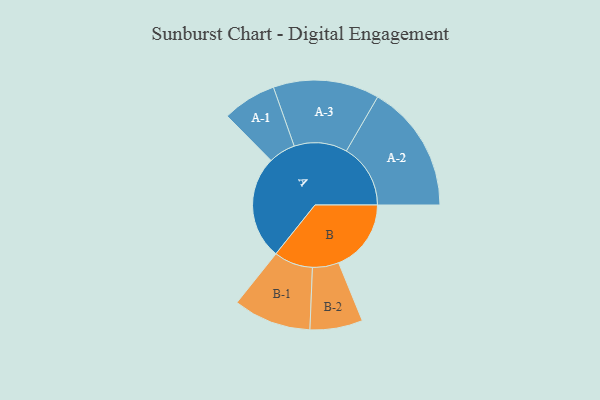
{"axis": {"x": "Segment", "y": "Value"}, "legend": ["", "A", "B"], "data": [{"x": "A", "y": 468, "type": ""}, {"x": "B", "y": 328, "type": ""}, {"x": "A-1", "y": 122, "type": "A"}, {"x": "A-2", "y": 290, "type": "A"}, {"x": "A-3", "y": 240, "type": "A"}, {"x": "B-1", "y": 176, "type": "B"}, {"x": "B-2", "y": 119, "type": "B"}]}